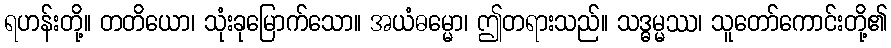
ရဟန်းတို့။ တတိယော၊ သုံးခုမြောက်သော။ အယံဓမ္မော၊ ဤတရားသည်။ သဒ္ဓမ္မဿ၊ သူတော်ကောင်းတို့၏